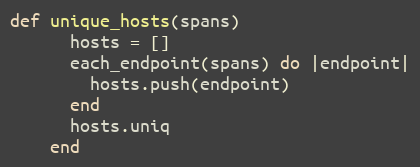
Language: Ruby
def unique_hosts(spans)
      hosts = []
      each_endpoint(spans) do |endpoint|
        hosts.push(endpoint)
      end
      hosts.uniq
    end